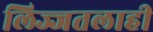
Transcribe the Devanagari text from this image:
लिज्जतलाही